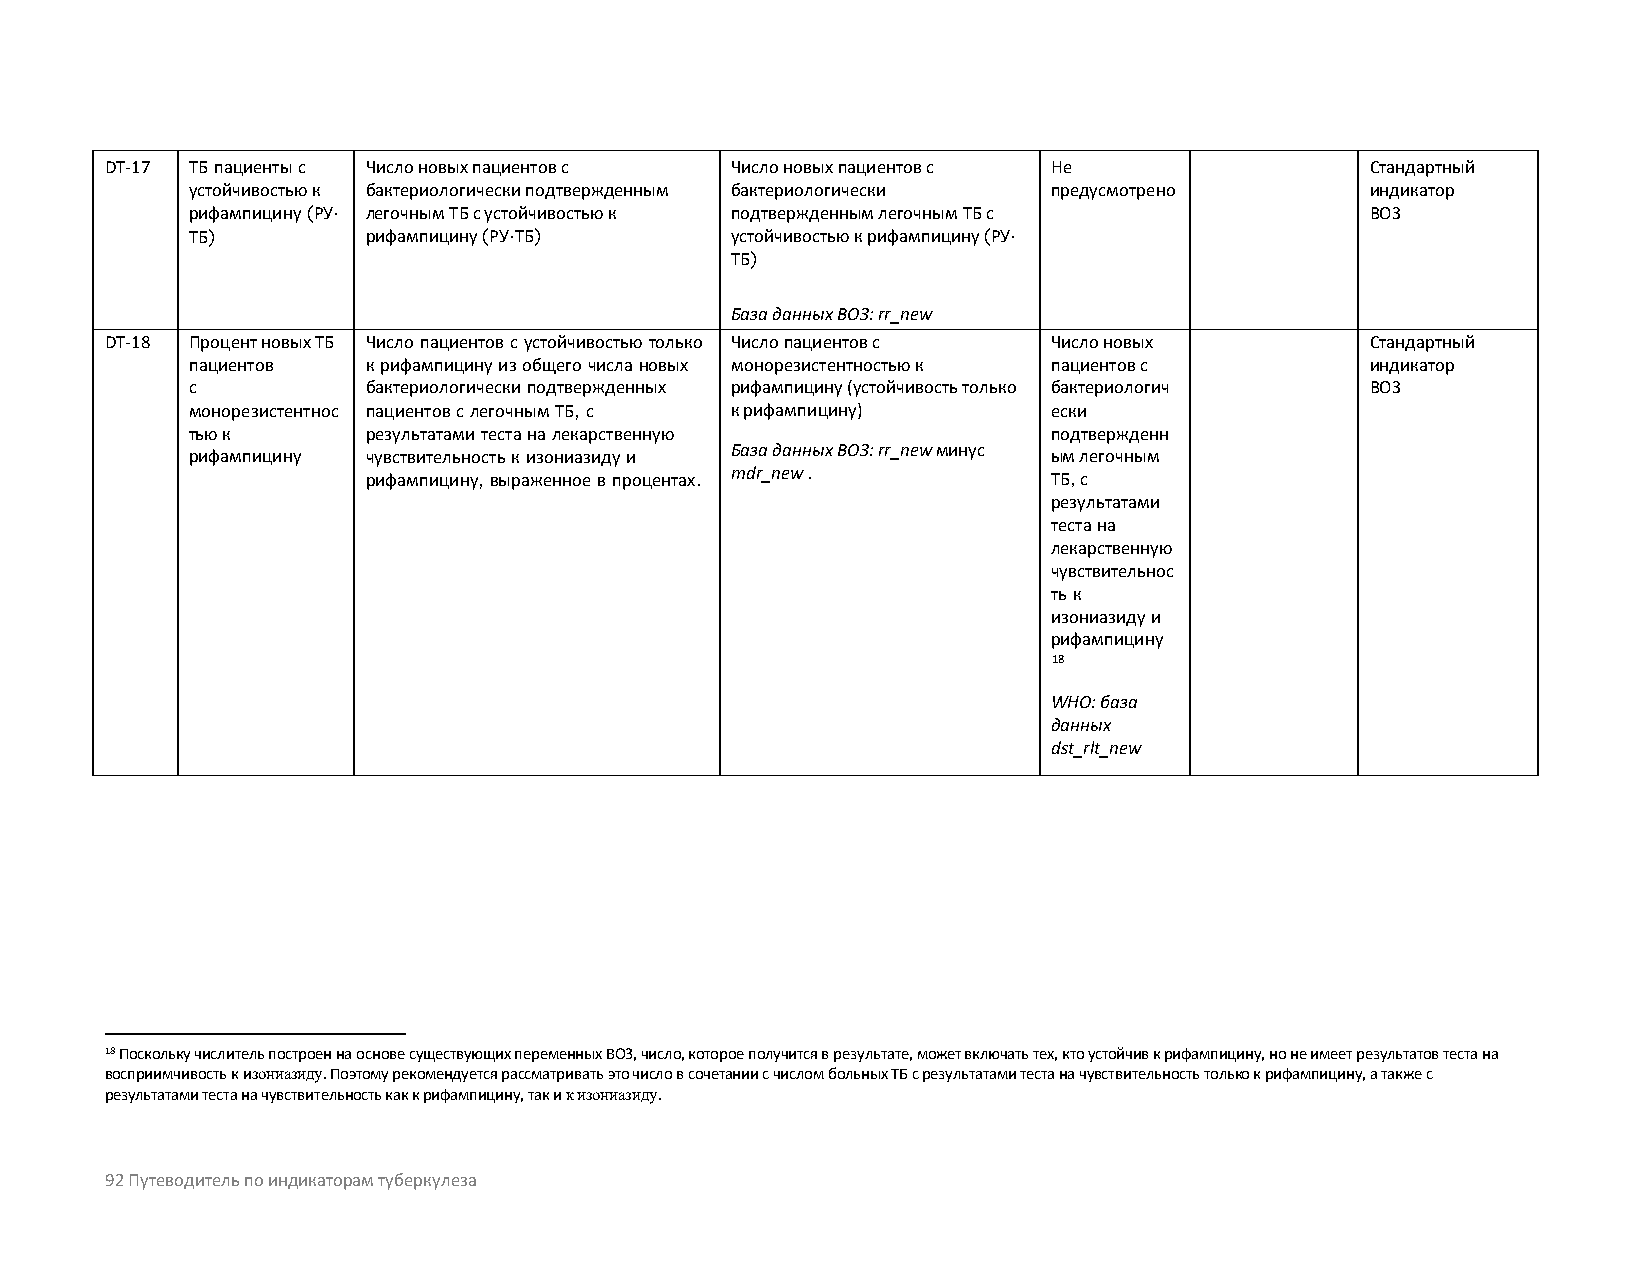
DT-17 ТБ пациенты с Число новых пациентов с Число новых пациентов с Не              Стандартный
 устойчивостью к бактериологически подтвержденным бактериологически предусмотрено индикатор
 рифампицину (РУ- легочным ТБ с устойчивостью к подтвержденным легочным ТБ с    ВОЗ
 ТБ)         рифампицину (РУ-ТБ)     устойчивостью к рифампицину (РУ-
 ТБ)
 База данных ВОЗ: rr_new
 DT-18 Процент новых ТБ Число пациентов с устойчивостью только Число пациентов с Число новых Стандартный
 пациентов   к рифампицину из общего числа новых монорезистентностью к пациентов с индикатор
 с           бактериологически подтвержденных рифампицину (устойчивость только бактериологич ВОЗ
 монорезистентнос пациентов с легочным ТБ, с к рифампицину) ески
 тью к       результатами теста на лекарственную           подтвержденн
 рифампицину чувствительность к изониазиду и База данных ВОЗ: rr_new минус ым легочным
 рифампицину, выраженное в процентах.
 mdr_new .
 ТБ, с
 результатами
 теста на
 лекарственную
 чувствительнос
 ть к
 изониазиду и
 рифампицину
 18
 WHO: база
 данных
 dst_rlt_new
 18 Поскольку числитель построен на основе существующих переменных ВОЗ, число, которое получится в результате, может включать тех, кто устойчив к рифампицину, но не имеет результатов теста на
 восприимчивость к изониазиду. Поэтому рекомендуется рассматривать это число в сочетании с числом больных ТБ с результатами теста на чувствительность только к рифампицину, а также с
 результатами теста на чувствительность как к рифампицину, так и к изониазиду.
 92 Путеводитель по индикаторам туберкулеза